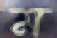
ম